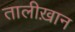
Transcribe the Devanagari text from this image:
तालीख़ान